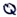
Text: Q